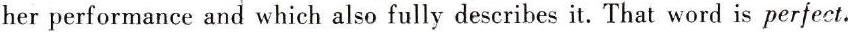
her performance and which also fully describes it. That word is perfect.